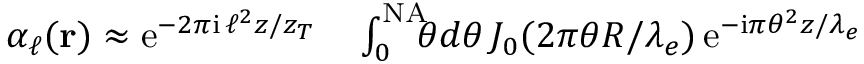
\begin{array} { r l } { \alpha _ { \ell } ( { \bf r } ) \approx \mathrm { e } ^ { - 2 \pi \mathrm { i } \, \ell ^ { 2 } z / z _ { T } } } & { { } \int _ { 0 } ^ { \mathrm { N A } } \! \! \! \theta d \theta \, J _ { 0 } ( 2 \pi \theta R / \lambda _ { e } ) \, \mathrm { e } ^ { - \mathrm { i } \pi \theta ^ { 2 } z / \lambda _ { e } } } \end{array}